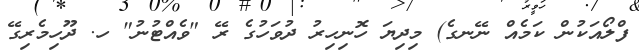
ފްލޯއަކުން ކަމެއް ނޭނގެ) މިދިޔަ ހޮނިހިރު ދުވަހުގެ ރޭ "ވެއްޓުނު" ހ. ދޫހިމެރިގޭ